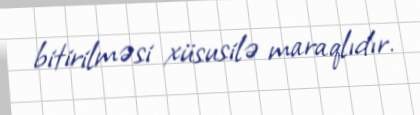
bitirilməsi xüsusilə maraqlıdır.